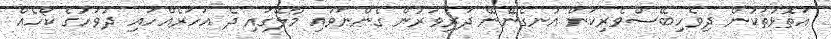
އަތޮޅުތަކުން ދިވެހިބޭސްވެރިކަން އުނގެނޭނޭ ދަރިވަރުން ގެންނަވައި މާލޭގައި ދެ އަހަރެއްހައި ދުވަހުގެ ކޯހެއް